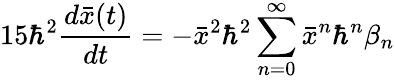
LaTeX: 15\hbar^{2}\frac{d\bar{x}(t)}{dt}=-\bar{x}^{2}\hbar^{2}\sum_{n=0}^{\infty}\bar{x}^{n}\hbar^{n}\beta_{n}